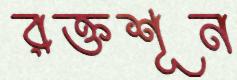
রক্তশূন